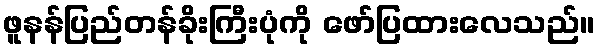
ဖူနန်ပြည်တန်ခိုးကြီးပုံကို ဖော်ပြထားလေသည်။